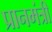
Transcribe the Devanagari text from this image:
प्रानमंत्री